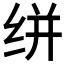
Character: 𰬔